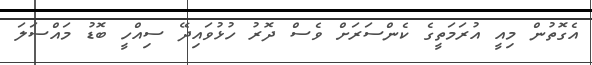
އެގޮތުން މިއީ އުރަމަތީގެ ކެންސަރަށް ވެސް ދޮރު ހުޅުވައިދޭ ސިއްހީ ބޮޑު މައްސަލަ